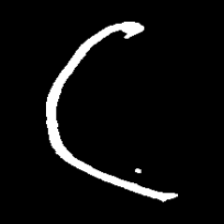
Pyu character \u2014 Myanmar letter: ဋ (romanized: tta)